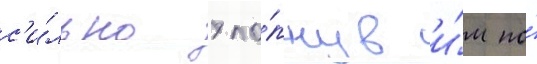
с'и́льно хло́пнув и́м по́